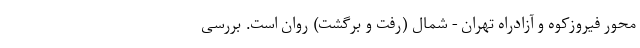
محور فیروزکوه و آزادراه تهران - شمال (رفت و برگشت) روان است. بررسی